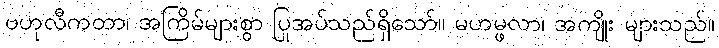
ဗဟုလီကတာ၊ အကြိမ်များစွာ ပြုအပ်သည်ရှိသော်။ မဟမ္ဖလာ၊ အကျိုး များသည်။